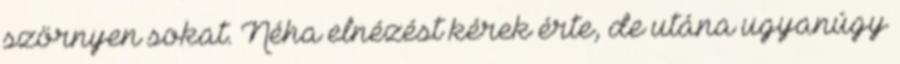
szörnyen sokat. Néha elnézést kérek érte, de utána ugyanúgy